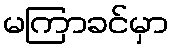
မကြာခင်မှာ